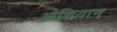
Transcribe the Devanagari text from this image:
ओशियान